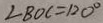
\angle B O C = 1 2 0 ^ { \circ }